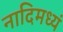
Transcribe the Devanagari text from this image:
नादिमध्यं